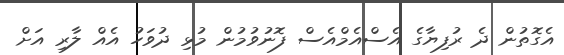
އެގޮތުން ދެ ރުފިޔާގެ އެސްއެމްއެސް ފޮނުވުމުން މުޅި ދުވަހު އެއް ލާރި އަށް